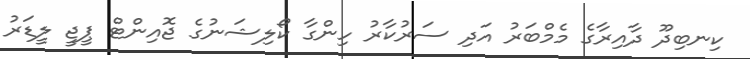
ކިނބިދޫ ދާއިރާާގެ މެމްބަރު އަދި ސަރުކާރު ހިންގާ ކޯލިޝަނުގެ ޖޮއިންޓް ޕީޖީ ލީޑަރު